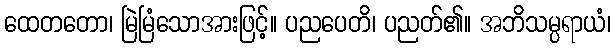
ထေတတော၊ မြဲမြံသောအားဖြင့်။ ပညပေတိ၊ ပညတ်၏။ အဘိသမ္ပရာယံ၊